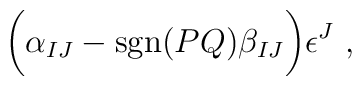
\biggl(\alpha_{IJ} -  \mbox{sgn}(PQ) \beta_{IJ}\biggr)\epsilon^J\ ,